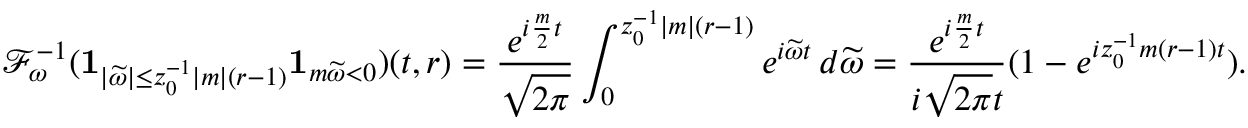
\mathcal { F } _ { \omega } ^ { - 1 } ( \mathbf { 1 } _ { | \widetilde { \omega } | \leq z _ { 0 } ^ { - 1 } | m | ( r - 1 ) } \mathbf { 1 } _ { m \widetilde { \omega } < 0 } ) ( t , r ) = \frac { e ^ { i \frac { m } { 2 } t } } { \sqrt { 2 \pi } } \int _ { 0 } ^ { z _ { 0 } ^ { - 1 } | m | ( r - 1 ) } e ^ { i \widetilde { \omega } t } \, d \widetilde { \omega } = \frac { e ^ { i \frac { m } { 2 } t } } { i \sqrt { 2 \pi } t } ( 1 - e ^ { i z _ { 0 } ^ { - 1 } m ( r - 1 ) t } ) .